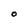
Character: O